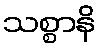
သစ္စာနိ